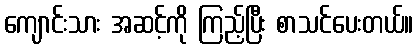
ကျောင်းသား အဆင့်ကို ကြည့်ပြီး စာသင်ပေးတယ်။